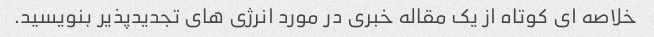
خلاصه ای کوتاه از یک مقاله خبری در مورد انرژی های تجدیدپذیر بنویسید.